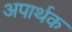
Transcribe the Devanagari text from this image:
अपार्थक